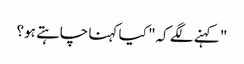
" کہنے لگے کہ" کیا کہنا چاہتے ہو؟